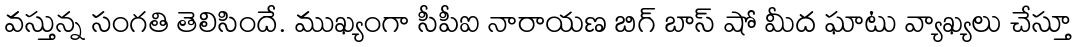
వస్తున్న సంగతి తెలిసిందే. ముఖ్యంగా సీపీఐ నారాయణ బిగ్ బాస్ షో మీద ఘాటు వ్యాఖ్యలు చేస్తూ